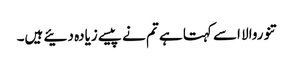
تنوروالا اسے کہتا ہے تم نے پیسے زیادہ دئیے ہیں۔